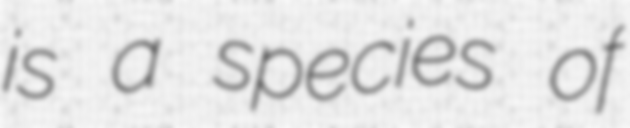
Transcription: is a species of